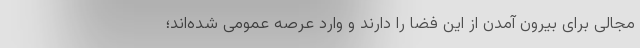
مجالی برای بیرون آمدن از این فضا را دارند و وارد عرصه عمومی شده‌اند؛